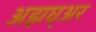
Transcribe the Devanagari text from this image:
अझघ्अर